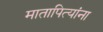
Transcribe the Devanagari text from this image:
मातापित्यांना